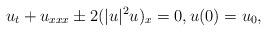
LaTeX: \begin{align*}u_t + u_{xxx} \pm 2 (|u|^2u)_x = 0, u(0) = u_0,\end{align*}